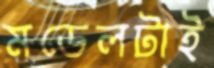
মডেলটাই